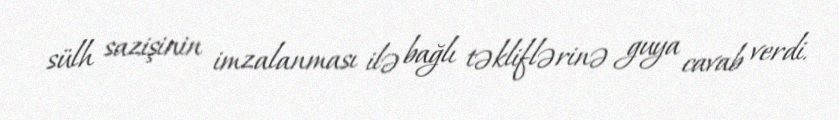
sülh sazişinin imzalanması ilə bağlı təkliflərinə guya cavab verdi.